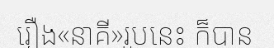
រឿង«នាគី»រូបនេះ ក៏បាន